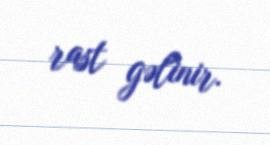
rast gəlinir.